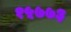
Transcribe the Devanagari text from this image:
१५७७३